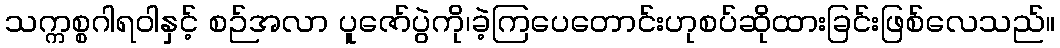
သက္ကစ္စဂါရဝါနှင့် စဉ်အလာ ပူဇော်ပွဲကို၊ခဲ့ကြပေတောင်းဟုစပ်ဆိုထားခြင်းဖြစ်လေသည်။